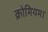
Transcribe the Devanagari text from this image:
क्रोमियम।